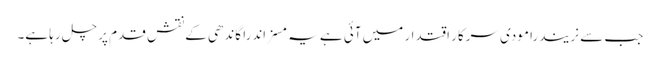
جب سے نریندرا مودی سرکار اقتدار میں آئی ہے یہ مسز اندرا گاندھی کے نقش قدم پر چل رہا ہے۔